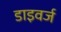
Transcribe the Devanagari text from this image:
डाइवर्ज